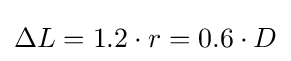
\Delta L=1.2\cdot r=0.6\cdot D